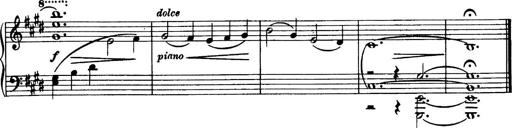
Title: 3 Sonatinas, Op.67
Composer: Jean Sibelius